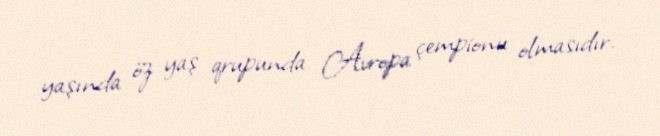
yaşında öz yaş qrupunda Avropa çempionu olmasıdır.